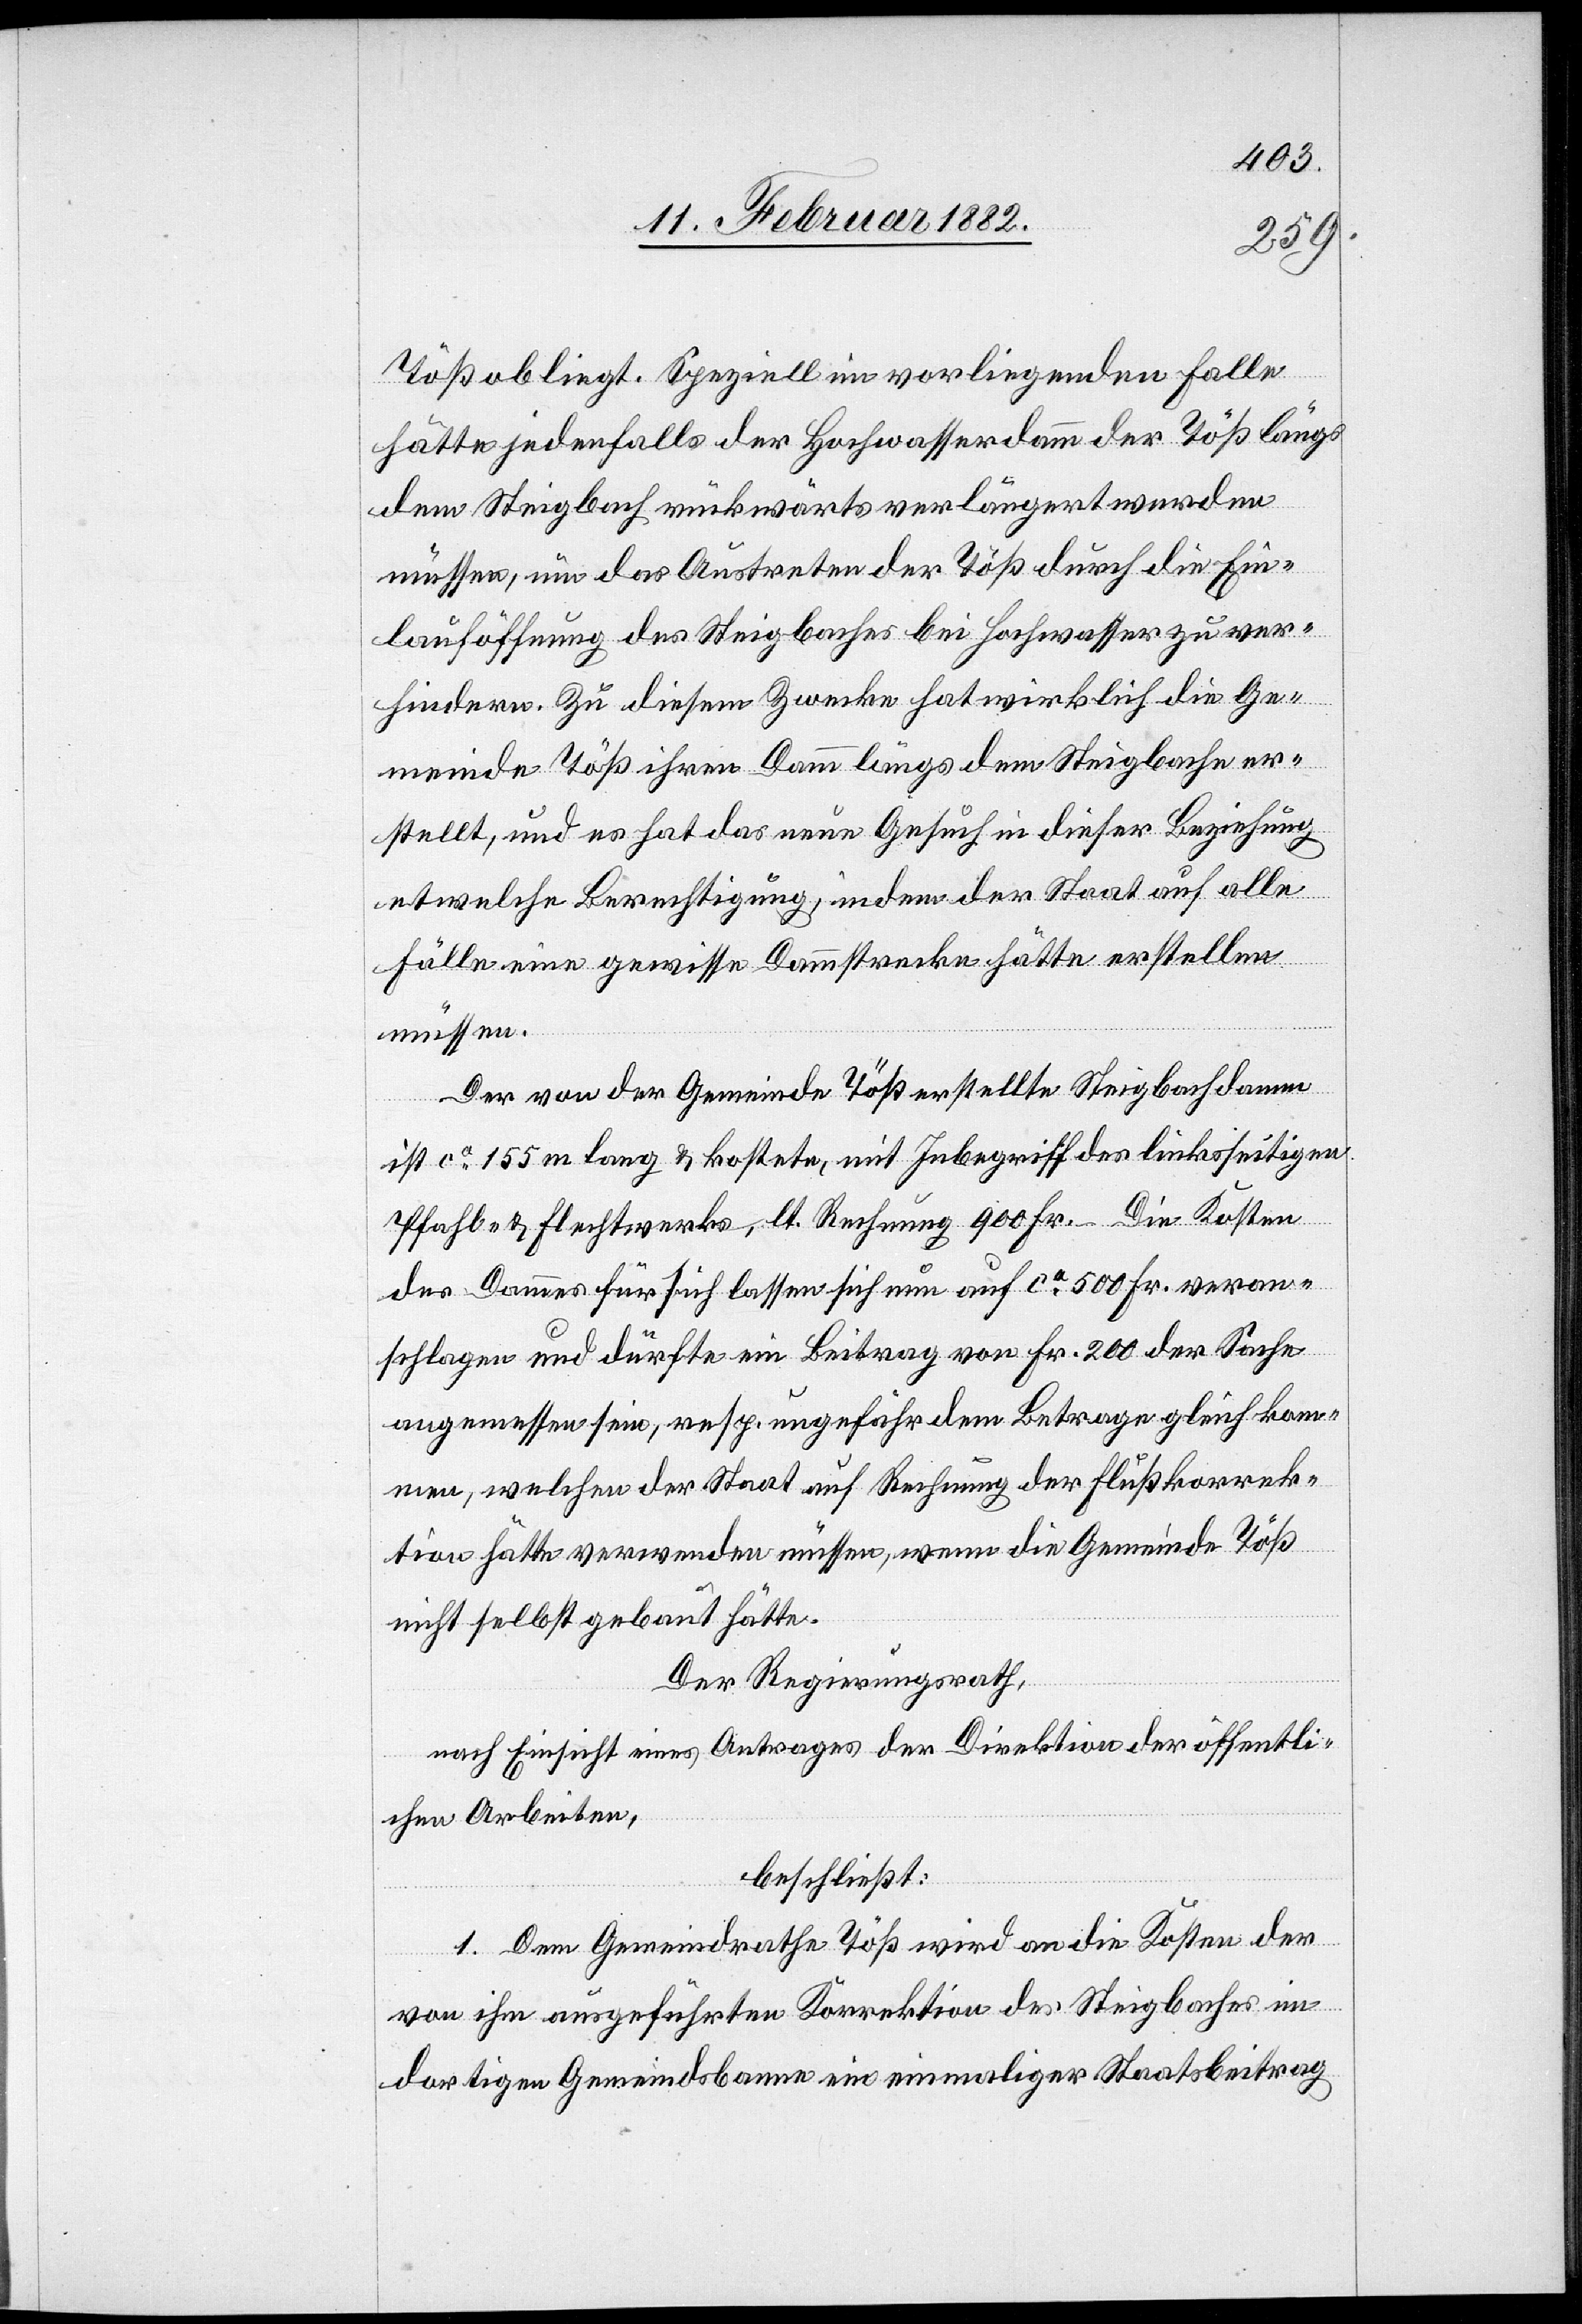
Töß obliegt. Speziell im vorliegenden Falle
hätte jedenfalls der Hochwasserdamm der Töß längs
dem Steigbach rückwärts verlängert werden
müssen, um das Austreten der Töß durch die Ein¬
lauföffnung des Steigbaches bei Hochwasser zu ver¬
hindern. Zu diesem Zwecke hat wirklich die Ge¬
meinde Töß ihren Damm längs dem Steigbache er¬
stellt, und es hat das neue Gesuch in dieser Beziehung
etwelche Berechtigung, indem der Staat auf alle
Fälle eine gewisse Dammstrecke hätte erstellen
müssen.
Der von der Gemeinde Töß erstellte Steigbachdamm
ist ca 155 m lang & kostete, mit Inbegriff des linksseitigen
Pfahl- & Flechtwerkes, lt. Rechnung 900 Fr. – Die Kosten
des Dammes für sich lassen sich nun auf ca 500 Fr. veran¬
schlagen und dürfte ein Beitrag von Fr. 200 der Sache
angemessen sein, resp. ungefähr dem Betrage gleich kom¬
men, welcher der Staat auf Rechnung der Flußkorrek¬
tion hätte verwenden müssen, wenn die Gemeinde Töß
nicht selbst gebaut hätte.
Der Regierungsrath,
nach Einsicht eines Antrages der Direktion der öffentli¬
chen Arbeiten,
beschließt;
1. Dem Gemeindrathe Töß wird an die Kosten der
von ihm aufgeführten Korrektion des Steigbaches im
dortigen Gemeindsbanne ein einmaliger Staatsbeitrag